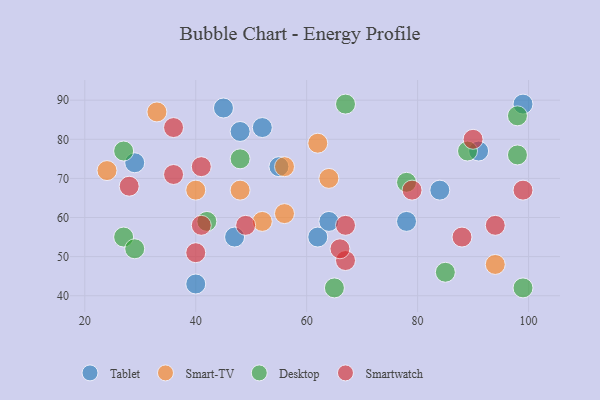
{"axis": {"x": "GDP", "y": "Life Expectancy"}, "legend": ["Desktop", "Smart-TV", "Smartwatch", "Tablet"], "data": [{"x": "99", "y": 89, "type": "Tablet"}, {"x": "55", "y": 73, "type": "Tablet"}, {"x": "47", "y": 55, "type": "Tablet"}, {"x": "84", "y": 67, "type": "Tablet"}, {"x": "48", "y": 82, "type": "Tablet"}, {"x": "45", "y": 88, "type": "Tablet"}, {"x": "62", "y": 55, "type": "Tablet"}, {"x": "91", "y": 77, "type": "Tablet"}, {"x": "29", "y": 74, "type": "Tablet"}, {"x": "78", "y": 59, "type": "Tablet"}, {"x": "52", "y": 83, "type": "Tablet"}, {"x": "64", "y": 59, "type": "Tablet"}, {"x": "40", "y": 43, "type": "Tablet"}, {"x": "48", "y": 67, "type": "Smart-TV"}, {"x": "56", "y": 61, "type": "Smart-TV"}, {"x": "24", "y": 72, "type": "Smart-TV"}, {"x": "94", "y": 48, "type": "Smart-TV"}, {"x": "64", "y": 70, "type": "Smart-TV"}, {"x": "56", "y": 73, "type": "Smart-TV"}, {"x": "33", "y": 87, "type": "Smart-TV"}, {"x": "40", "y": 67, "type": "Smart-TV"}, {"x": "62", "y": 79, "type": "Smart-TV"}, {"x": "52", "y": 59, "type": "Smart-TV"}, {"x": "67", "y": 89, "type": "Desktop"}, {"x": "85", "y": 46, "type": "Desktop"}, {"x": "27", "y": 55, "type": "Desktop"}, {"x": "78", "y": 69, "type": "Desktop"}, {"x": "89", "y": 77, "type": "Desktop"}, {"x": "99", "y": 42, "type": "Desktop"}, {"x": "27", "y": 77, "type": "Desktop"}, {"x": "42", "y": 59, "type": "Desktop"}, {"x": "65", "y": 42, "type": "Desktop"}, {"x": "29", "y": 52, "type": "Desktop"}, {"x": "98", "y": 86, "type": "Desktop"}, {"x": "98", "y": 76, "type": "Desktop"}, {"x": "48", "y": 75, "type": "Desktop"}, {"x": "90", "y": 80, "type": "Smartwatch"}, {"x": "67", "y": 49, "type": "Smartwatch"}, {"x": "49", "y": 58, "type": "Smartwatch"}, {"x": "79", "y": 67, "type": "Smartwatch"}, {"x": "36", "y": 83, "type": "Smartwatch"}, {"x": "67", "y": 58, "type": "Smartwatch"}, {"x": "88", "y": 55, "type": "Smartwatch"}, {"x": "36", "y": 71, "type": "Smartwatch"}, {"x": "94", "y": 58, "type": "Smartwatch"}, {"x": "40", "y": 51, "type": "Smartwatch"}, {"x": "66", "y": 52, "type": "Smartwatch"}, {"x": "99", "y": 67, "type": "Smartwatch"}, {"x": "41", "y": 73, "type": "Smartwatch"}, {"x": "41", "y": 58, "type": "Smartwatch"}, {"x": "28", "y": 68, "type": "Smartwatch"}]}